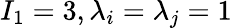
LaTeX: I_{1}=3,\lambda_{i}=\lambda_{j}=1